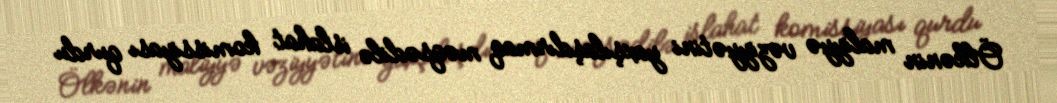
Ölkənin maliyyə vəziyyətini yaxşılaşdırmaq məqsədilə islahat komissiyası qurdu